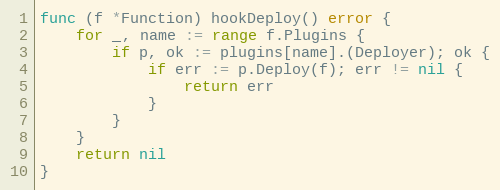
Language: Go
func (f *Function) hookDeploy() error {
	for _, name := range f.Plugins {
		if p, ok := plugins[name].(Deployer); ok {
			if err := p.Deploy(f); err != nil {
				return err
			}
		}
	}
	return nil
}